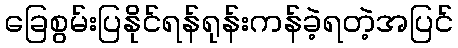
ခြေစွမ်းပြနိုင်ရန်ရုန်းကန်ခဲ့ရတဲ့အပြင်